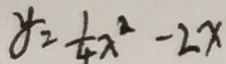
y = \frac { 1 } { 4 } x ^ { 2 } - 2 x